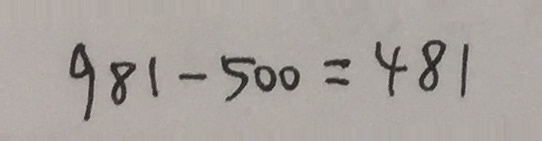
9 8 1 - 5 0 0 = 4 8 1